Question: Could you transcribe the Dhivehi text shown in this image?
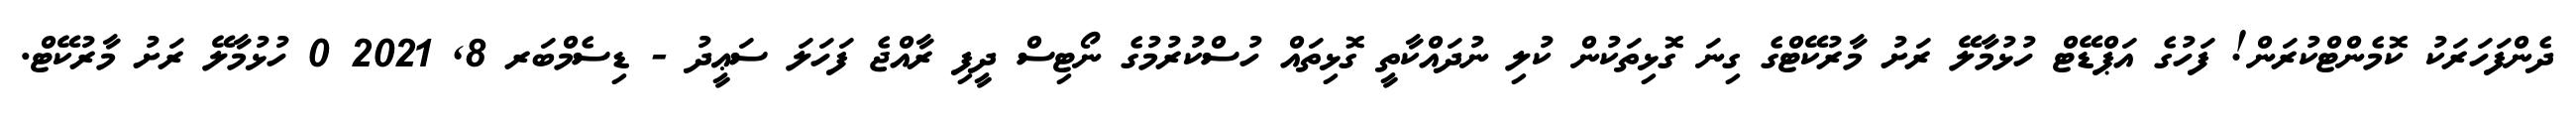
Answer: ދެންފަހަރަކު ކޮމެންޓްކުރަން! ފަހުގެ އަޕްޑޭޓް ހުޅުމާލޭ ރަށު މާރުކޭޓްގެ ގިނަ ގޮޅިތަކުން ކުލި ނުދައްކާތީ ގޮޅިތައް ހުސްކުރުމުގެ ނޯޓިސް ދީފި ރާއްޖެ ފަހަލަ ސަޢީދު - ޑިސެމްބަރ 8, 2021 0 ހުޅުމާލޭ ރަށު މާރުކޭޓް.